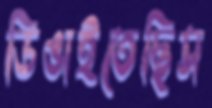
ডিঙাইতেছিস